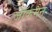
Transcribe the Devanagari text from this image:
जॉर्कमैन